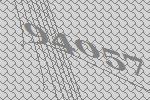
94057